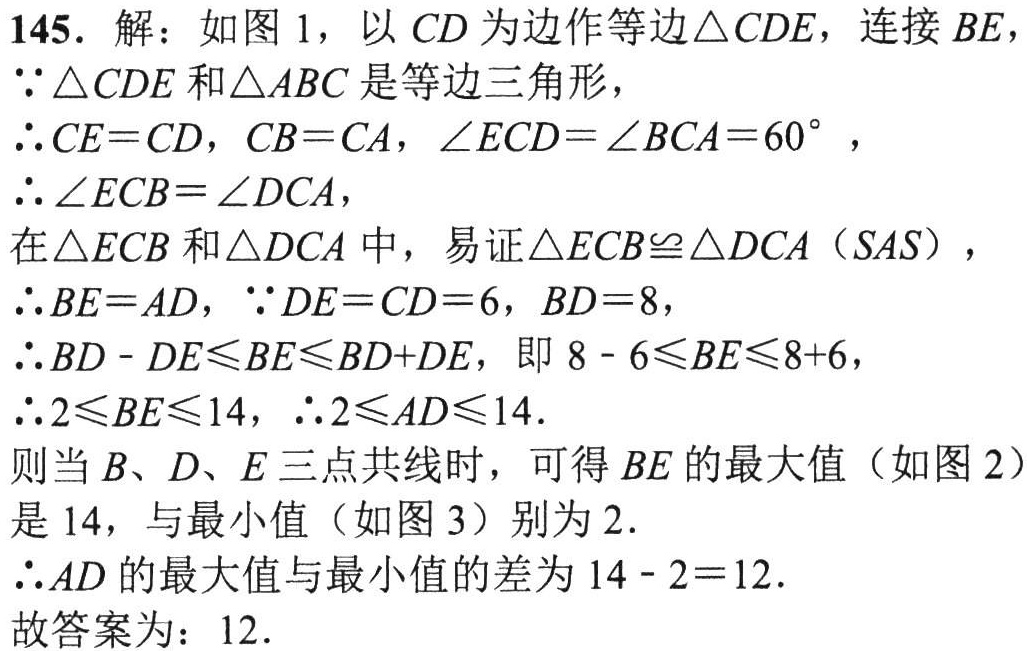
145. 解：如图 1，以 \(CD\) 为边作等边 \(\triangle CDE\)，连接 \(BE\)，
\(\because\triangle CDE\) 和 \(\triangle ABC\) 是等边三角形，
\(\therefore CE = CD\)，\(CB = CA\)，\(\angle ECD=\angle BCA = 60^{\circ}\)，
\(\therefore\angle ECB=\angle DCA\)，
在 \(\triangle ECB\) 和 \(\triangle DCA\) 中，易证 \(\triangle ECB\cong\triangle DCA\)（\(SAS\)），
\(\therefore BE = AD\)，\(\because DE = CD = 6\)，\(BD = 8\)，
\(\therefore BD - DE\leqslant BE\leqslant BD + DE\)，即 \(8 - 6\leqslant BE\leqslant 8 + 6\)，
\(\therefore 2\leqslant BE\leqslant 14\)，\(\therefore 2\leqslant AD\leqslant 14\).
则当 \(B\)、\(D\)、\(E\) 三点共线时，可得 \(BE\) 的最大值（如图 2）是 \(14\)，与最小值（如图 3）别为 \(2\).
\(\therefore AD\) 的最大值与最小值的差为 \(14 - 2 = 12\).
故答案为：\(12\).